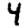
Digit: 4